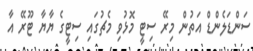
ސަންޑަލެންޑް އަތުން މިރޭ ސިޓީ މޮޅުވި މެޗުގައި ސިޓީގެ ޔާޔާ ޓޫރޭ އާ